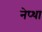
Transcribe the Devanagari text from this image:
नेप्था